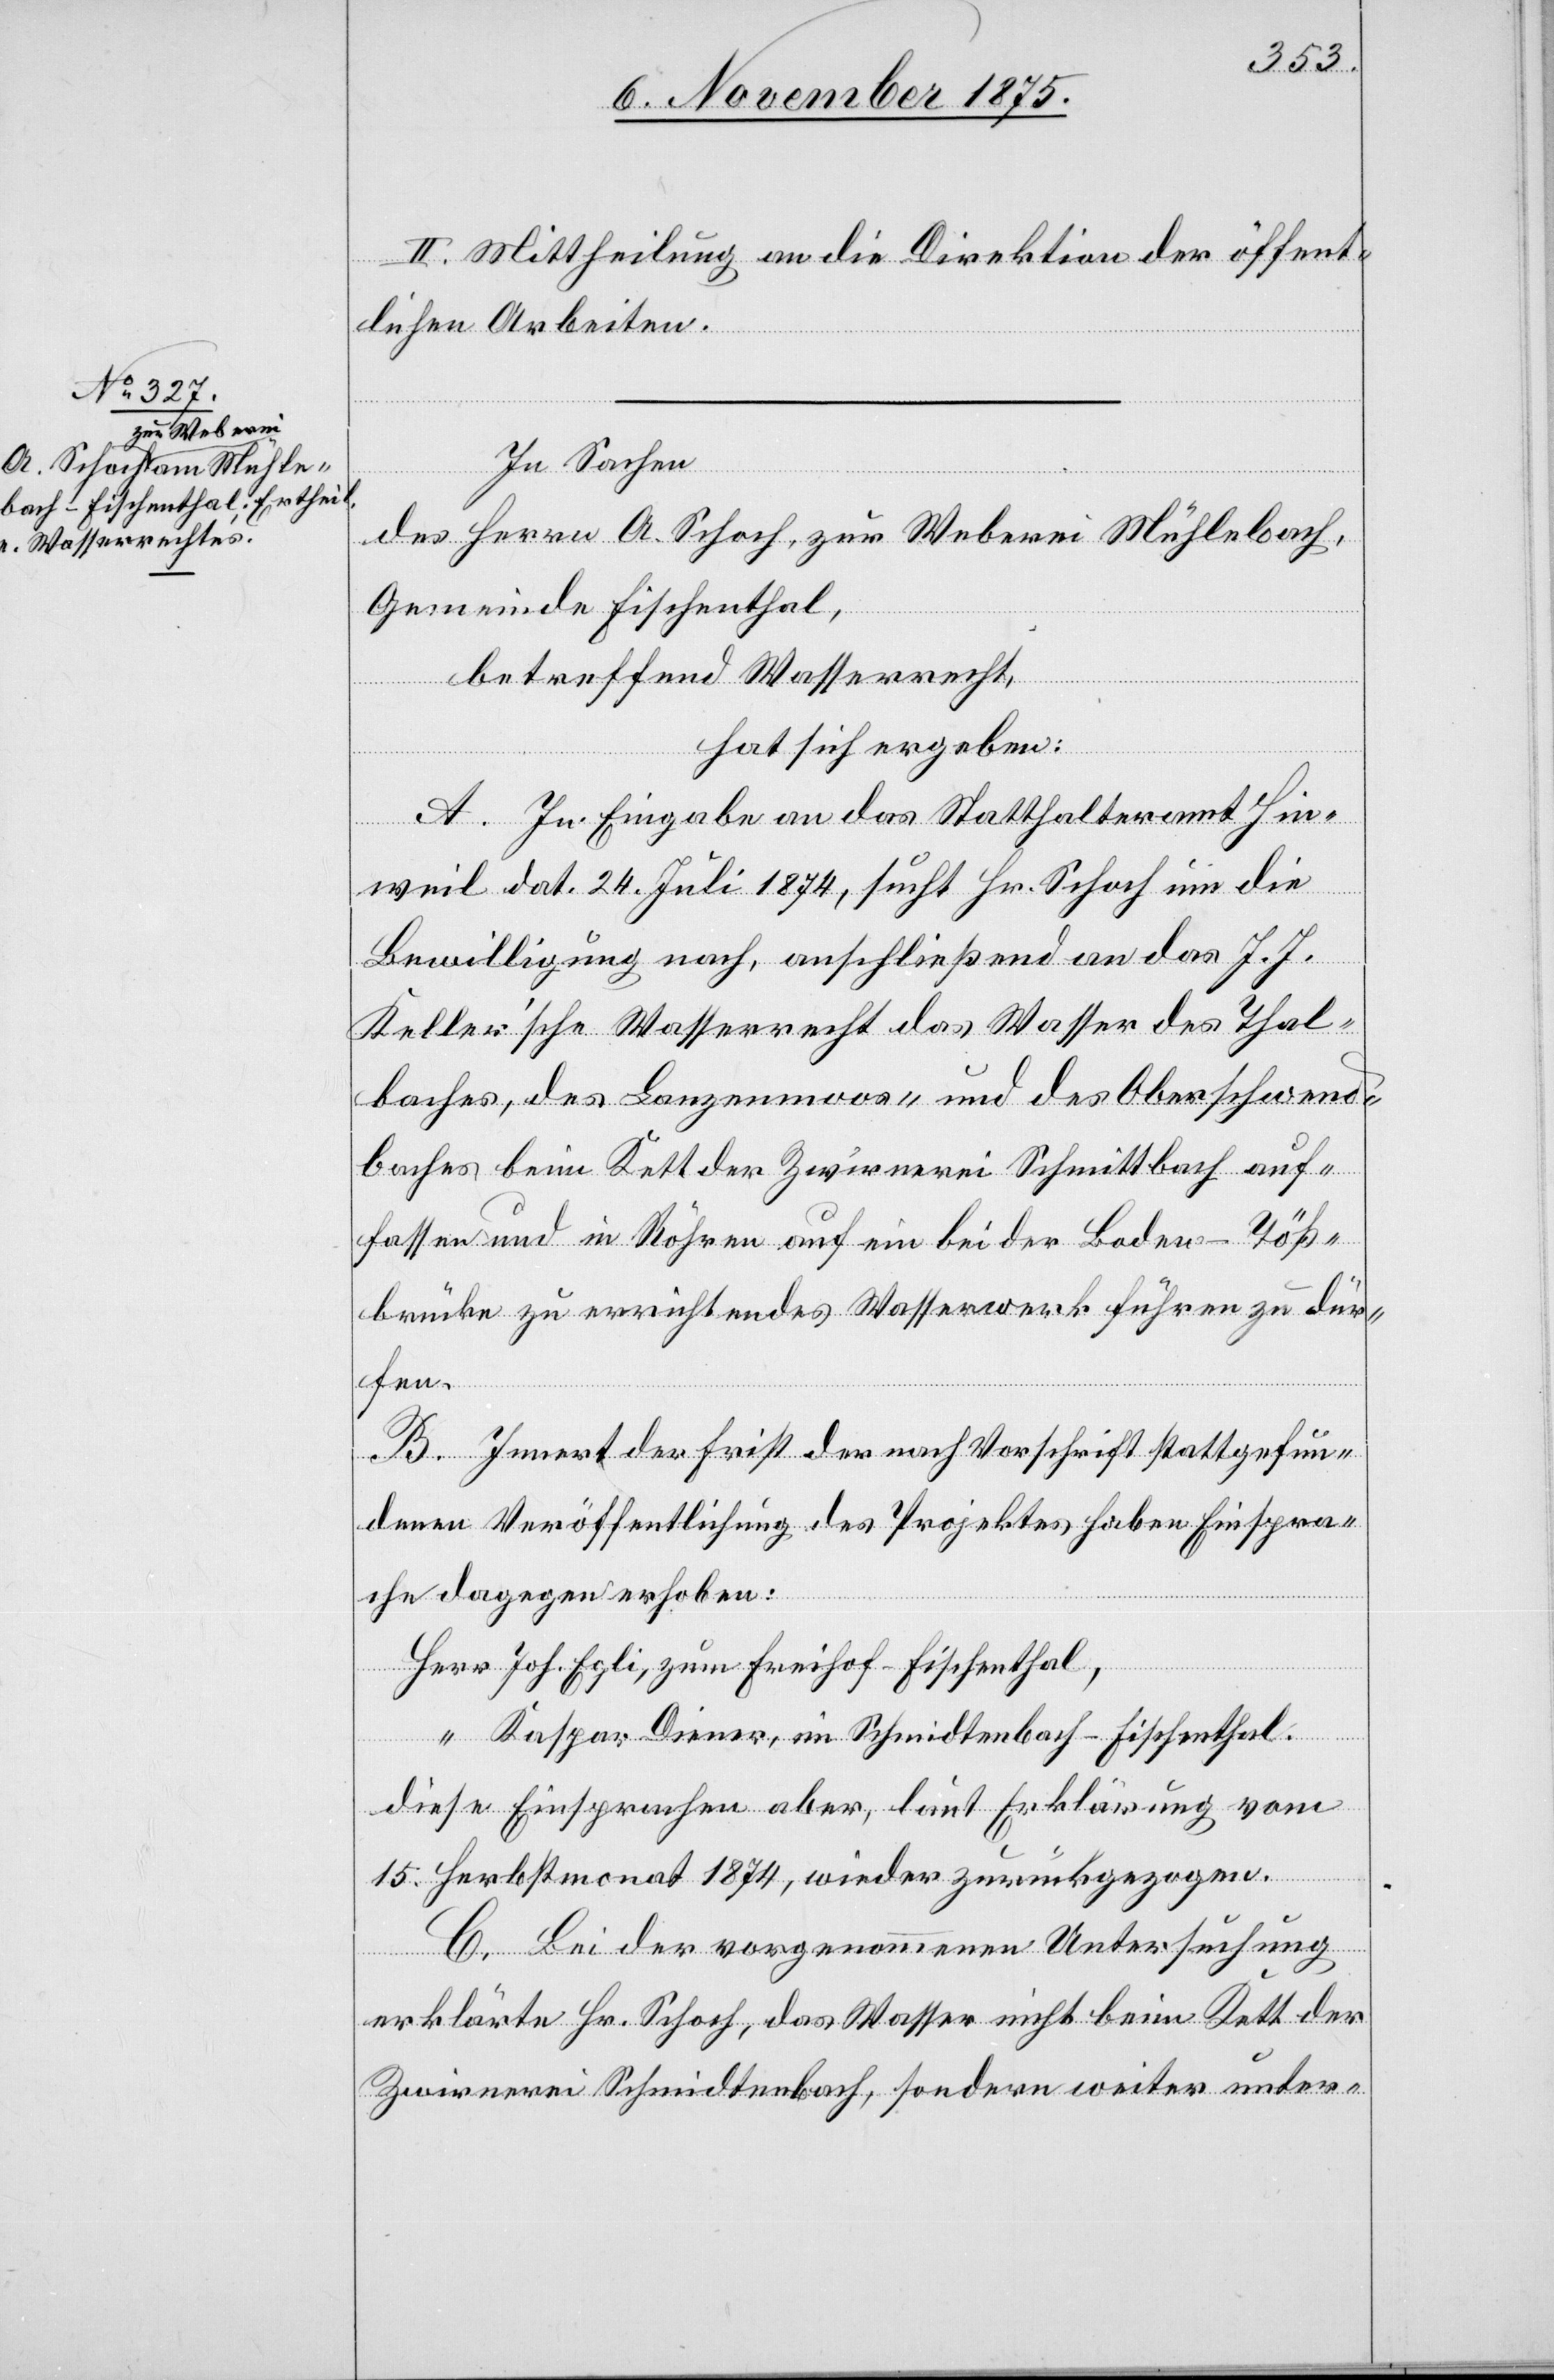
II. Mittheilungen an die Direktion der öffent¬
lichen Arbeiten.
In Sachen
diese
des Herrn A. Schoch, zur Weberei [am] Mühlebach,
Gemeinde Fischenthal,
betreffend Wasserrecht,
hat sich ergeben:
A. In Eingabe an das Statthalteramt Hin¬
weil dat. 24. Juli 1874, sucht Hr. Schoch um die
Bewilligung nach, anschließend an das J. J.
Keller’sche Wasserrecht das Wasser des Thal¬
baches, des Lanzenmoos- und des Oberschwend[i]b¬
aches beim Kett der Zwirnerei Schmittbach auf¬
fassen und in Röhren auf ein bei der Boden-Töß¬
brücke zu errichtendes Wasserwerk führen zu dür¬
fen.
B. Innert der Frist der nach Vorschrift stattgefun¬
denen Veröffentlichung des Projektes haben Einspra¬
che dagegen erhoben:
Joh. Egli, zum Freihof - Fischenthal,
Kaspar Diener, im Schmidtenbach [sic!] - Fischenthal.
[sic!] Einsprachen aber, laut Erklärung vom
15. Herbstmonat 1874, wieder zurückgezogen.
C. Bei der vorgenommenen Untersuchung
erklärte Hr. Schoch, das Wasser nicht beim Kett der
Zwirnerei Schmidtenbach, sondern weiter unter-